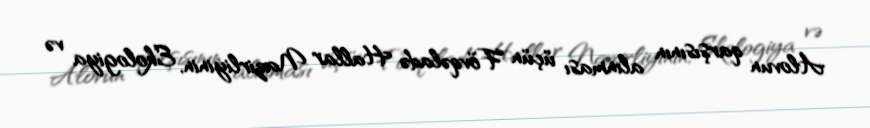
Alovun qarşısının alınması üçün Fövqəladə Hallar Nazirliyinin, Ekologiya və